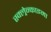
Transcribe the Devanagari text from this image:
स्क्ल्रेन्काइमा